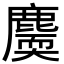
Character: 𪋐